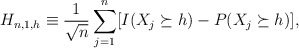
\begin{align*}H_{n,1,h} \equiv \frac{1}{\sqrt n} \sum_{j=1}^n[ I( X_j \succeq h)- P( X_j \succeq h)], \end{align*}